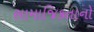
સામાજિકતાનો